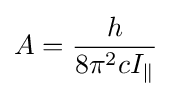
A={h \over {8\pi ^{2}cI_{\parallel }}}